Report on enteric fever
Disease focus: Fever
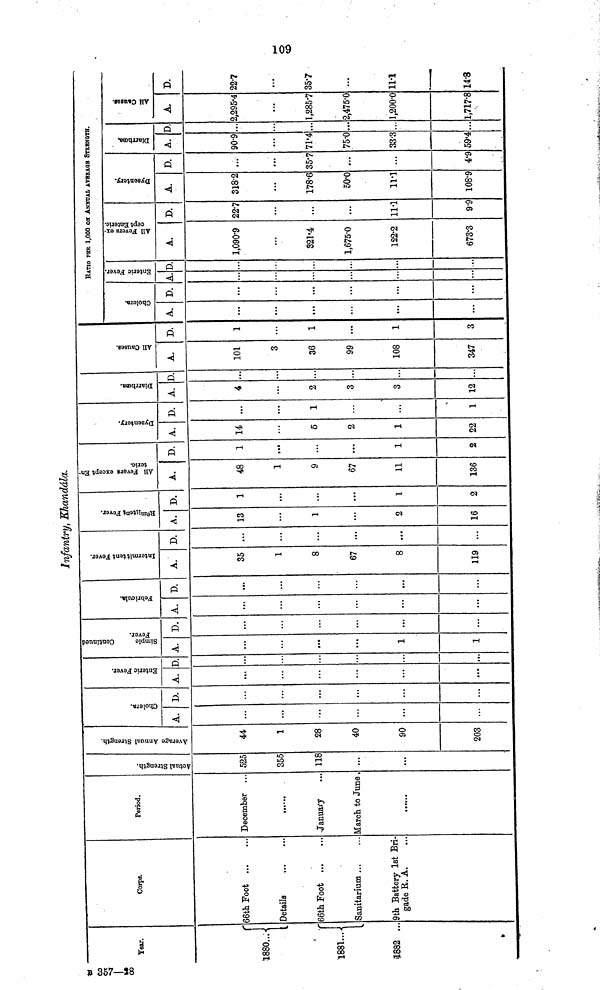
Infantry, Kkandála.
Year.
1880...
1881...
1882 ...
Corps.
66th Foot
Details
66th Foot
Sanitarium
9th Battery 1st Bri-
gade R. A.
Period.
December
January
March to June,
Actual Strength
525
355
118
...
Average Annual Strength
1
28
40
90
203
Cholera
A.
Enteric Fever.
A. D.
...
Simple Continued Fever. Continued
A.
1
1
D.
...
Febricula.
A.
...
D.
...
Intermittent Fever.
A.
35
1
8
67
8
119
D.
...
...
...
Remittent Fever
A.
13
...
1
...
2
16
D.
1
...
...
1
2
All Fevers except Enteric.
A.
48
1
9
67
11
136
D.
1
...
1
2
Dysentery.
A.
14
6
2
1
22
D.
1
1
Diarrhœa.
A.
4
2
3
3
12
D.
...
All Causes.
A.
101
3
36
99
108
347
D.
1
1
1
3
RATIO PER 1,000 ON ANNUAL AVERAGE STRENGTH.
Cholera.
A.
...
D.
...
Entric Fever.
A. D.
All Fevers except Enteric.
A.
1,090.9
321.4
1,675.0
122.2
673.3
D.
227
...
11.1
9.9
Dysentery.
A.
318.2
178.6
50.0
11.1
108.9
D.
357
...
4.9
Diarrhoœa.
A.
90.9
71.4
75.0
33.3
59.4
D
...
All Causes.
A.
2,295.4
1,285.7
2,475.0
1,200.0
1,717.8
D.
22.7
35.7
...
11.1
14.8
357.28